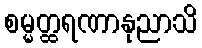
စမ္မတ္ထရဏာနုညာသိ